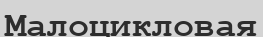
Малоцикловая